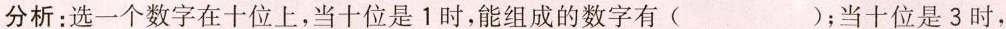
分析：选一个数字在十位上，当十位是1时，能组成的数字有( )；当十位是3时，